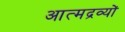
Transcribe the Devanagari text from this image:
आत्मद्रव्यों